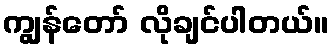
ကျွန်တော် လိုချင်ပါတယ်။